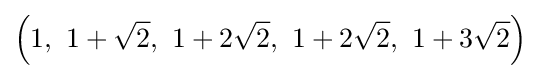
\left(1,\ 1+{\sqrt {2}},\ 1+2{\sqrt {2}},\ 1+2{\sqrt {2}},\ 1+3{\sqrt {2}}\right)